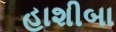
હાશીબા